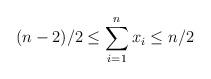
LaTeX: \begin{align*} (n - 2)/2 \leq \sum_{i = 1}^{n} x_i \leq n/2\end{align*}